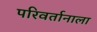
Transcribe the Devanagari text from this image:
परिवर्तानाला